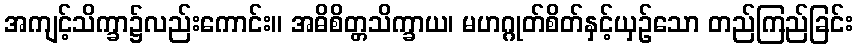
အကျင့်သိက္ခာ၌လည်းကောင်း။ အဓိစိတ္တသိက္ခာယ၊ မဟဂ္ဂုတ်စိတ်နှင့်ယှဉ်သော တည်ကြည်ခြင်း